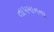
તાપમાનના